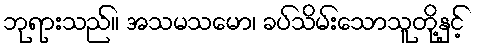
ဘုရားသည်။ အသမသမော၊ ခပ်သိမ်းသောသူတို့နှင့်